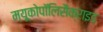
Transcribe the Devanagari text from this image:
म्यूकोपॉलिसैक्राइड